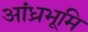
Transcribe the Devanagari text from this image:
आंध्रभूमि